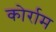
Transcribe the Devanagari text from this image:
कोर्राम